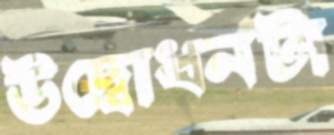
উদ্বোধনটা